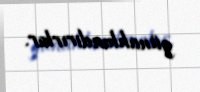
günahlandırırlar.